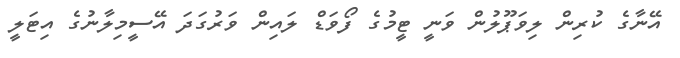
އޭނާގެ ކުރިން ލިވަޕޫލުން ވަނީ ޓީމުގެ ފޯވަޑް ލައިން ވަރުގަދަ އޭސީމިލާނުގެ އިޓަލީ